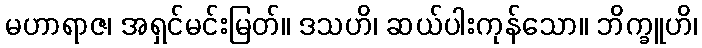
မဟာရာဇ၊ အရှင်မင်းမြတ်။ ဒသဟိ၊ ဆယ်ပါးကုန်သော။ ဘိက္ခူဟိ၊